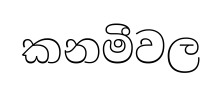
කනමීවල